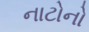
નાટોનો